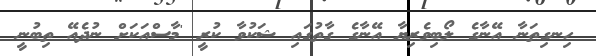
ހިނގިތަނާ އޭނާގެ ލޯބިވެރިޔާ އޭނާގެ ގާތުގައި ޝަކުވާ ކުރީ 'މާސްއަކަށް ނުދެއޭ ތިބުނީ